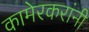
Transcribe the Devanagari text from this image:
कामेरकरांनी